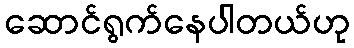
ဆောင်ရွက်နေပါတယ်ဟု